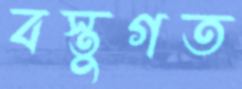
বস্তুগত